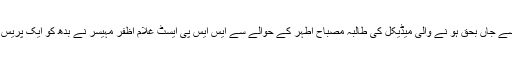
اس کالم کی تحریر کے دوران معلوم ہوا کہ گلشن اقبال میں ڈکیتی میں مزاحمت پر ملزمان کے فائرنگ سے جاں بحق ہو نے والی میڈیکل کی طالبہ مصباح اطہر کے حوالے سے ایس ایس پی ایسٹ غلام اظفر مہیسر نے بدھ کو ایک پریس کانفرنس میں دعوی کیا ہے کہ مقتولہ مصباح اطہر کو کچرا چننے والے افغانی ملزمان نے قتل کیا تھا۔